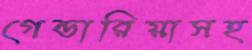
গেন্ডারিয়াসহ